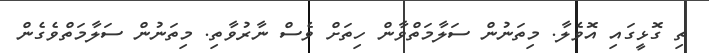
ތި ގޮޅީގައި އޮވެލާ. މިތަނުން ސަލާމަތްވާން ހިތަށް ވެސް ނާރުވާތި. މިތަނުން ސަލާމަތްވެގެން